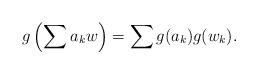
LaTeX: \begin{align*}g\left(\sum a_{k}w\right)=\sum g(a_{k})g(w_{k}).\end{align*}